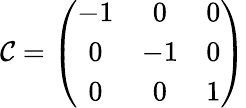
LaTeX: {\cal{C}}=\left({\begin{array}{ccc}{-1}&{0}&{0}\\ {0}&{-1}&{0}\\ {0}&{0}&{1}\end{array}}\right)